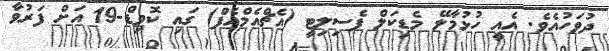
ދުވަހުއެވެ. އެއީ ހުޅުމާލޭ މެޑިކަލް ފެސިލިޓީ (އެޗްއެމްއެފް) ގައި ކޮވިޑް-19 އަށް ފަރުވާ